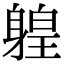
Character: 𨉤